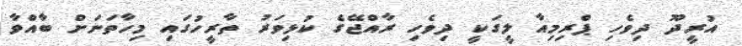
އުރީދޫ ދިވެހި ޕްރިމިއާ ލީގަކީ ދިވެހި ރާއްޖޭގެ ކުޅިވަރު ތާރީހުގައި މިހާތަނަށް ބާއްވާ